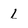
Character: l